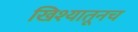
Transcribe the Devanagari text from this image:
खिश्यातूनच